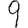
Digit: 9